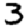
Digit: 3